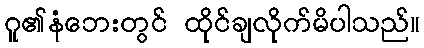
ဂူ၏နံဘေးတွင် ထိုင်ချလိုက်မိပါသည်။